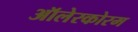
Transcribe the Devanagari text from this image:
ऑलेरकोरम